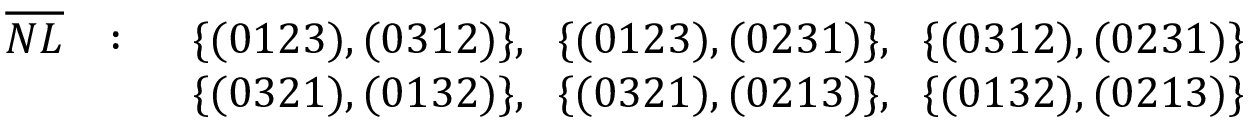
\begin{array} { r l l } { { \overline { { { N L } } } } } & { { : \; \; } } & { { \{ ( 0 1 2 3 ) , ( 0 3 1 2 ) \} , \; \; \{ ( 0 1 2 3 ) , ( 0 2 3 1 ) \} , \; \; \{ ( 0 3 1 2 ) , ( 0 2 3 1 ) \} } } \\ { { } } & { { } } & { { \{ ( 0 3 2 1 ) , ( 0 1 3 2 ) \} , \; \; \{ ( 0 3 2 1 ) , ( 0 2 1 3 ) \} , \; \; \{ ( 0 1 3 2 ) , ( 0 2 1 3 ) \} } } \end{array}